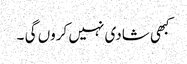
کبھی شادی نہیں کروں گی ۔